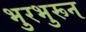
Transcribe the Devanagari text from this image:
भुरभुरून